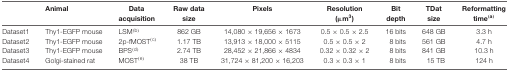
<table><thead><tr><td colspan="2"><b>Animal</b></td><td><b>Data acquisition</b></td><td><b>Raw data size</b></td><td><b>Pixels</b></td><td><b>Resolution (μm<sup>3</sup>)</b></td><td><b>Bit depth</b></td><td><b>TDat size</b></td><td><b>Reformatting time<sup>(a)</sup></b></td></tr></thead><tbody><tr><td>Dataset1</td><td>Thy1-EGFP mouse</td><td>LSM<sup>(b)</sup></td><td>862 GB</td><td>14,080 × 19,656 × 1673</td><td>0.5 × 0.5 × 2.5</td><td>16 bits</td><td>648 GB</td><td>3.3 h</td></tr><tr><td>Dataset2</td><td>Thy1-EGFP mouse</td><td>2p-fMOST<sup>(c)</sup></td><td>1.17 TB</td><td>13,913 × 18,000 × 5115</td><td>0.5 × 0.5 × 2</td><td>8 bits</td><td>561 GB</td><td>4.7 h</td></tr><tr><td>Dataset3</td><td>Thy1-EGFP mouse</td><td>BPS<sup>(d)</sup></td><td>2.74 TB</td><td>28,452 × 21,866 × 4834</td><td>0.32 × 0.32 × 2</td><td>8 bits</td><td>841 GB</td><td>10.3 h</td></tr><tr><td>Dataset4</td><td>Golgi-stained rat</td><td>MOST<sup>(e)</sup></td><td>38 TB</td><td>31,724 × 81,200 × 16,203</td><td>0.3 × 0.3 × 1</td><td>8 bits</td><td>15 TB</td><td>124 h</td></tr></tbody></table>